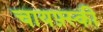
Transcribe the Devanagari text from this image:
चायफ़्स्की